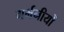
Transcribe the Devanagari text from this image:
गर्भनीयों